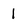
Character: l